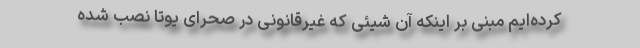
کرده‌ایم مبنی بر اینکه آن شیئی که غیرقانونی در صحرای یوتا نصب شده